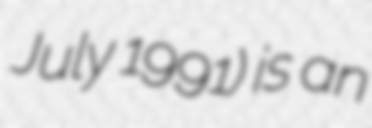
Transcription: July 1991) is an